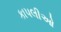
કાપલીઓ